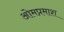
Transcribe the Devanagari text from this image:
ओमप्रमाश